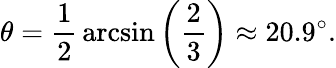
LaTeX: \theta={\frac{1}{2}}\arcsin\left({\frac{2}{3}}\right)\approx 20.9^{\circ}.